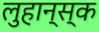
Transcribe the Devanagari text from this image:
लुहान्स्क